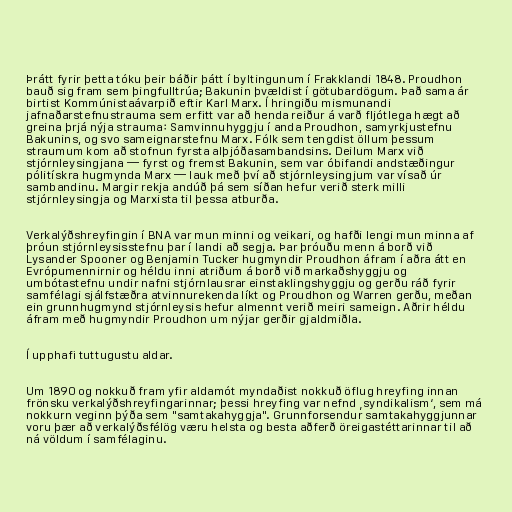
Þrátt fyrir þetta tóku þeir báðir þátt í byltingunum í Frakklandi 1848. Proudhon
bauð sig fram sem þingfulltrúa; Bakunin þvældist í götubardögum. Það sama ár
birtist Kommúnistaávarpið eftir Karl Marx. Í hringiðu mismunandi
jafnaðarstefnustrauma sem erfitt var að henda reiður á varð fljótlega hægt að
greina þrjá nýja strauma: Samvinnuhyggju í anda Proudhon, samyrkjustefnu
Bakunins, og svo sameignarstefnu Marx. Fólk sem tengdist öllum þessum
straumum kom að stofnun fyrsta alþjóðasambandsins. Deilum Marx við
stjórnleysingjana — fyrst og fremst Bakunin, sem var óbifandi andstæðingur
pólitískra hugmynda Marx — lauk með því að stjórnleysingjum var vísað úr
sambandinu. Margir rekja andúð þá sem síðan hefur verið sterk milli
stjórnleysingja og Marxista til þessa atburða.

Verkalýðshreyfingin í BNA var mun minni og veikari, og hafði lengi mun minna af
þróun stjórnleysisstefnu þar í landi að segja. Þar þróuðu menn á borð við
Lysander Spooner og Benjamin Tucker hugmyndir Proudhon áfram í aðra átt en
Evrópumennirnir og héldu inni atriðum á borð við markaðshyggju og
umbótastefnu undir nafni stjórnlausrar einstaklingshyggju og gerðu ráð fyrir
samfélagi sjálfstæðra atvinnurekenda líkt og Proudhon og Warren gerðu, meðan
ein grunnhugmynd stjórnleysis hefur almennt verið meiri sameign. Aðrir héldu
áfram með hugmyndir Proudhon um nýjar gerðir gjaldmiðla.

Í upphafi tuttugustu aldar.

Um 1890 og nokkuð fram yfir aldamót myndaðist nokkuð öflug hreyfing innan
frönsku verkalýðshreyfingarinnar; þessi hreyfing var nefnd ‚syndikalism‘, sem má
nokkurn veginn þýða sem "samtakahyggja". Grunnforsendur samtakahyggjunnar
voru þær að verkalýðsfélög væru helsta og besta aðferð öreigastéttarinnar til að
ná völdum í samfélaginu.